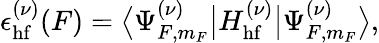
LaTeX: \epsilon_{\mathrm{hf}}^{(\nu)}(F)=\big\langle\Psi_{F,m_{F}}^{(\nu)}\big|H_{\mathrm{hf}}^{(\nu)}\big|\Psi_{F,m_{F}}^{(\nu)}\big\rangle,